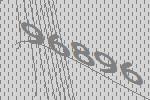
96896